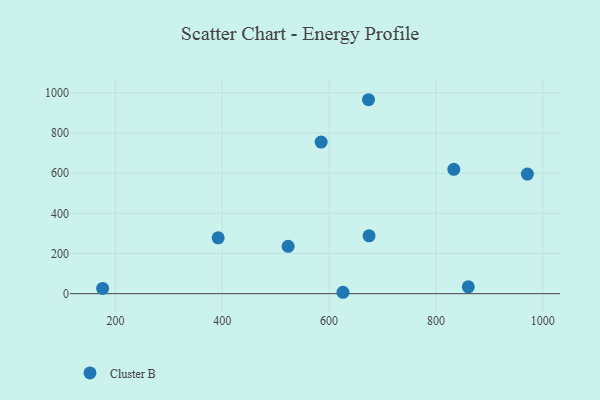
{"axis": {"x": "Price", "y": "Demand"}, "legend": ["Cluster B"], "data": [{"x": "176.1", "y": 26.4, "type": "Cluster B"}, {"x": "392.4", "y": 278.0, "type": "Cluster B"}, {"x": "971.3", "y": 595.2, "type": "Cluster B"}, {"x": "674.9", "y": 288.1, "type": "Cluster B"}, {"x": "523.4", "y": 235.6, "type": "Cluster B"}, {"x": "860.7", "y": 34.0, "type": "Cluster B"}, {"x": "673.9", "y": 965.4, "type": "Cluster B"}, {"x": "585.2", "y": 754.8, "type": "Cluster B"}, {"x": "626.1", "y": 7.0, "type": "Cluster B"}, {"x": "833.6", "y": 619.2, "type": "Cluster B"}]}